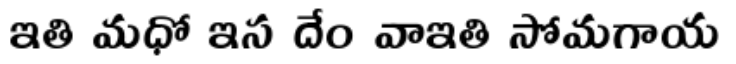
ఇతి మధో ఇస దేం వాఇతి సోమగాయ